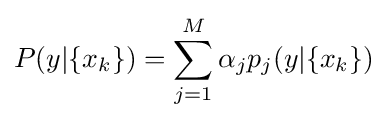
P(y|\{x_{k}\})=\sum _{j=1}^{M}\alpha _{j}p_{j}(y|\{x_{k}\})